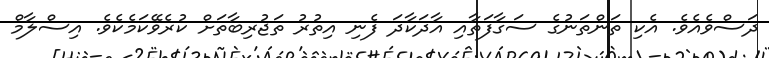
ދަސްވެއެވެ. އެކި ތަންތަނުގެ ސަގާފަތާއި އާދަކާދަ ފެނި އިތުރު ތަޖުރިބާތަށް ކުރެވޭކަމެކެވެ. އިސްލާމް